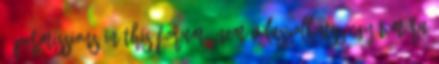
2 Permissions in this forum: Nem válaszolhatsz egy témára